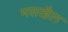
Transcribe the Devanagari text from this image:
मसखैल